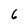
Character: 6